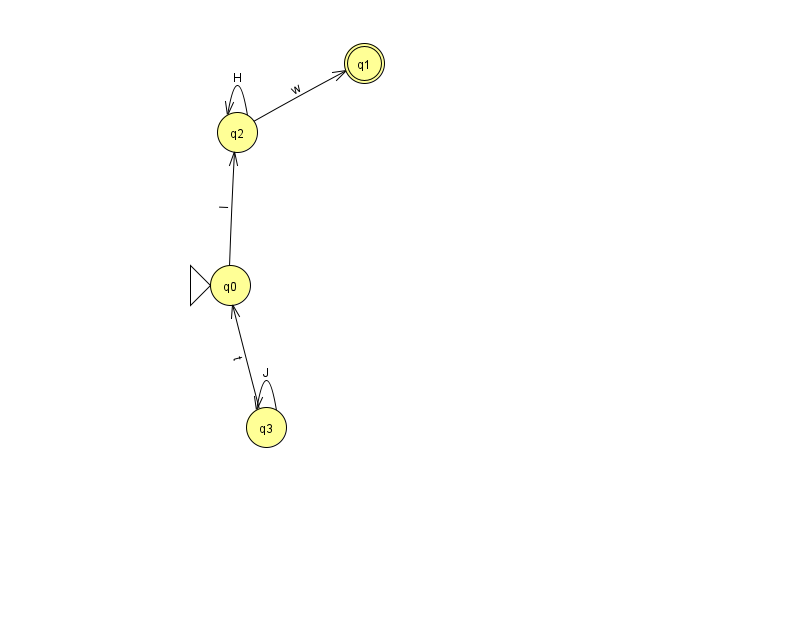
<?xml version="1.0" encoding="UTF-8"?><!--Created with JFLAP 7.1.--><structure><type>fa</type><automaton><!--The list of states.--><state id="0" name="q0"><x>230.0</x><y>272.0</y><initial/></state><state id="1" name="q1"><x>364.0</x><y>50.0</y><final/></state><state id="2" name="q2"><x>237.0</x><y>119.0</y></state><state id="3" name="q3"><x>266.0</x><y>414.0</y></state><!--The list of transitions.--><transition><from>3</from><to>0</to><read>t</read></transition><transition><from>2</from><to>2</to><read>H</read></transition><transition><from>3</from><to>3</to><read>J</read></transition><transition><from>0</from><to>2</to><read>I</read></transition><transition><from>2</from><to>1</to><read>w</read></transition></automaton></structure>